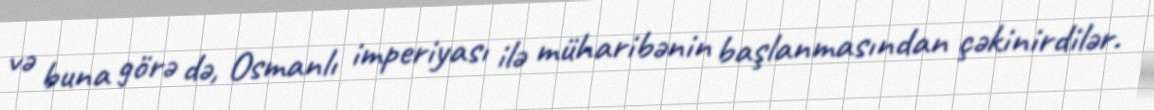
və buna görə də, Osmanlı imperiyası ilə müharibənin başlanmasından çəkinirdilər.